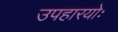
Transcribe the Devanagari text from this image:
उपहारयोः